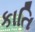
કાતિ